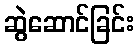
ဆွဲဆောင်ခြင်း